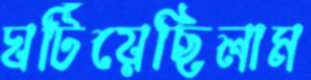
ঘটিয়েছিলাম